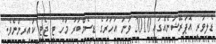
ޑެލިވަރީ އޮޕަރޭޝަނެއްގައި 2010 ވަނަ އަހަރުގެ ޑިސެމްބަރު މަހު ޓީ ޖެޓީ ކައިރިންނެވެ.